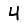
Digit: 4